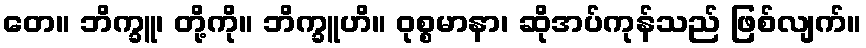
တေ။ ဘိက္ခူ၊ တို့ကို။ ဘိက္ခူဟိ။ ဝုစ္စမာနာ၊ ဆိုအပ်ကုန်သည် ဖြစ်လျက်။